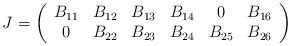
LaTeX: \begin{align*}J=\left (\begin{array}{cccccc} B_{11} & B_{12} & B_{13} & B_{14} &0 & B_{16}\\0 & B_{22} & B_{23} & B_{24} & B_{25} & B_{26}\end{array}\right)\end{align*}